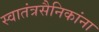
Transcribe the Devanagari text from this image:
स्वातंत्रसैनिकांना